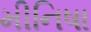
મીનિષા